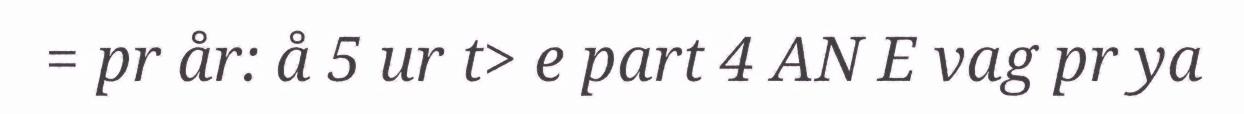
= pr år: å 5 ur t> e part 4 AN E vag pr ya